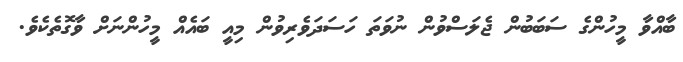
ބާއްވާ މީހުންގެ ސަބަބުން ޖެލަސްވުން ނުވަތަ ހަސަދަވެރިވުން މިއީ ބައެއް މީހުންނަށް ވާގޮތެކެވެ.